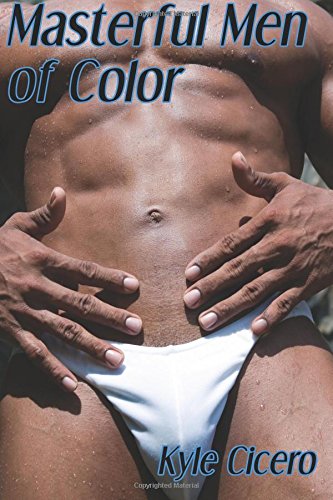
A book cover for Masterful Men of Color (A Boner Book); Kyle Cicero; Romance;